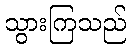
သွားကြသည်